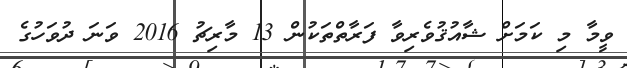
ވީމާ މި ކަމަށް ޝާއުޤުވެރިވާ ފަރާތްތަކުން 13 މާރިޗު 2016 ވަނަ ދުވަހުގެ